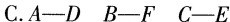
C.A—D B—F C—E